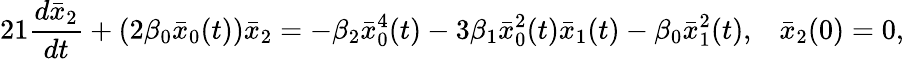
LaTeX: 21\frac{d\bar{x}_{2}}{dt}+\left(2\beta_{0}\bar{x}_{0}(t)\right)\bar{x}_{2}=-\beta_{2}\bar{x}_{0}^{4}(t)-3\beta_{1}\bar{x}_{0}^{2}(t)\bar{x}_{1}(t)-\beta_{0}\bar{x}_{1}^{2}(t),\; \; \; \bar{x}_{2}(0)=0,